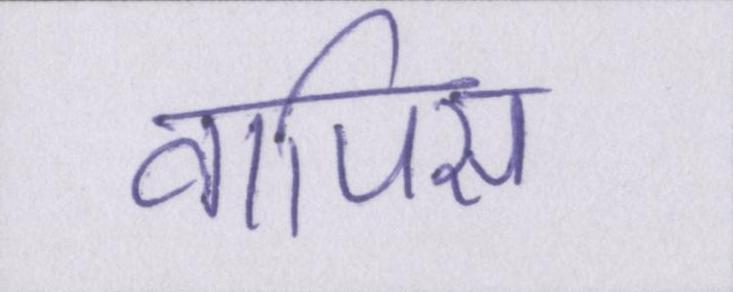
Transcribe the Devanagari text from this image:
वापिस